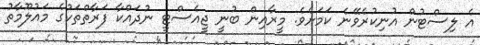
އެ ލިސްޓުން އުނިކުރެވޭނެ ކަމަށެވެ. މީރާއިން ބުނީ ޖީއެސްޓީ ނުދައްކާ ފަރާތްތަކުގެ މައުލޫމާތު